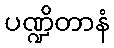
ပဏ္ဍိတာနံ